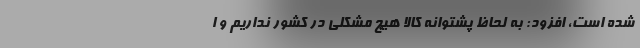
شده است، افزود: به لحاظ پشتوانه کالا هیچ مشکلی در کشور نداریم و ا